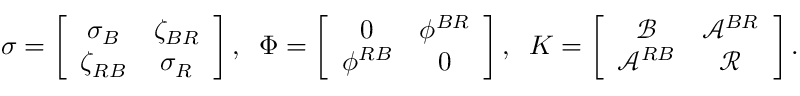
\sigma = \left[ \begin{array} { c c } { \sigma _ { B } } & { \zeta _ { B R } } \\ { \zeta _ { R B } } & { \sigma _ { R } } \end{array} \right] , \; \; \Phi = \left[ \begin{array} { c c c } { 0 } & { \phi ^ { B R } } \\ { \phi ^ { R B } } & { 0 } \end{array} \right] , \; \; { \cal K } = \left[ \begin{array} { c c } { \mathcal { B } } & { \mathcal { A } ^ { B R } } \\ { \mathcal { A } ^ { R B } } & { \mathcal { R } } \end{array} \right] .